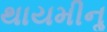
થાયમીનૢ